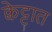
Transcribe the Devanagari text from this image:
क्वेट्टात